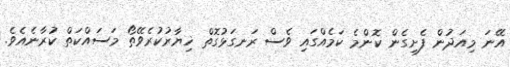
އޭނަ މިއަދުން ފެށިގެން ކޮންމެ ކަމެއްގައި ވެސް ރަނގަޅުގޮތް ޚިޔާރުކުރެވޭތޯ މަސައްކަތް ކުރާނެއެވެ.